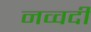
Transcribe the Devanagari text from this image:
नव्वदी